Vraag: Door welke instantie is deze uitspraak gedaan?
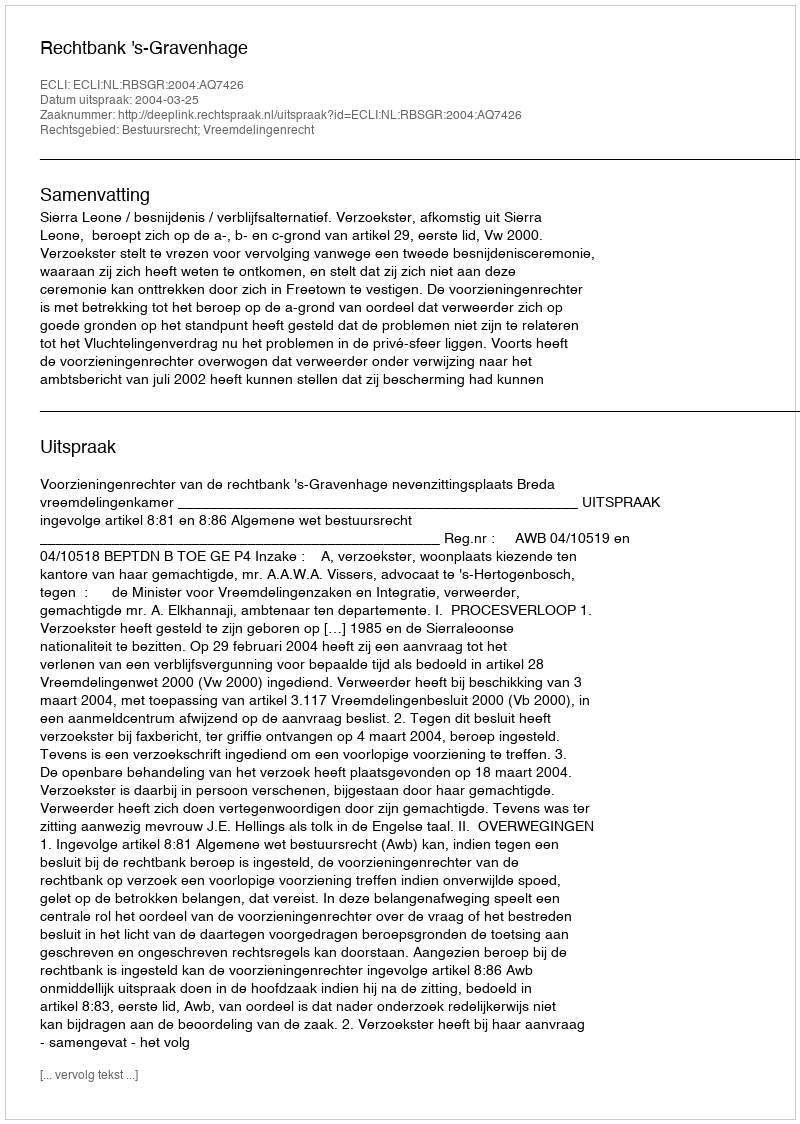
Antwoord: Rechtbank 's-Gravenhage